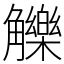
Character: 觻